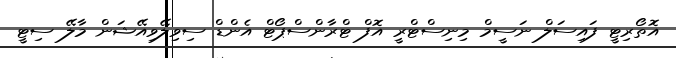
އޮތޯރިޓީ ފައިސަލް ނަސީމް މިނިސްޓްރީ އޮފް ޓްރާންސްޕޯޓް އެންޑް ސިވިލޭވިއޭޝަން މާލޭ ސިޓީ